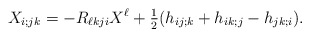
\begin{align*}X_{i;jk}=- R_{\ell kj i} X^\ell + \tfrac{1}{2} (h_{ij;k} + h_{ik;j} - h_{jk;i}).\end{align*}